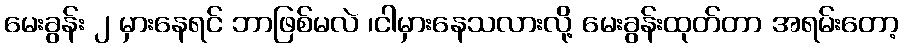
မေးခွန်း ၂ မှားနေရင် ဘာဖြစ်မလဲ ၊ငါမှားနေသလားလို့ မေးခွန်းထုတ်တာ အရမ်းတော့